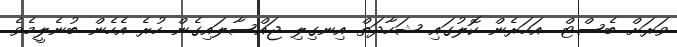
ވަރަށް ބެސްޓް.. އަހަރެން ކޮލުގައި ޝަހާދަތް އިނގިލި ޖައްސާލައިގެން ހުރެ އެހެން ބުނެލީމެވެ.